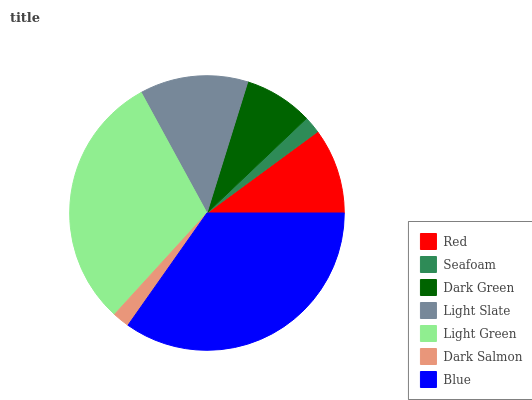
| Red | Seafoam | Dark Green | Light Slate | Light Green | Dark Salmon | Blue |
 | --- | --- | --- | --- | --- | --- | --- |
 | 10.1% | 2.01% | 8.11% | 12.8% | 30.3% | 2.01% | 34.7% |